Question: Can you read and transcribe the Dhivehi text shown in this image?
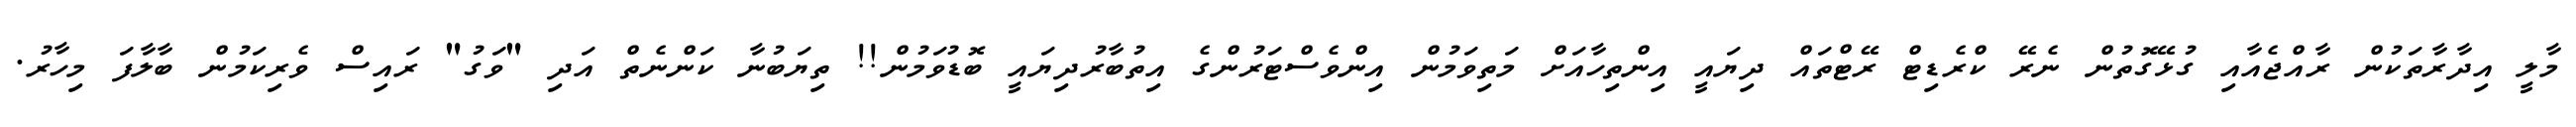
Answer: މާލީ އިދާރާތަކުން ރާއްޖެއާއި ގުޅޭގޮތުން ނެރޭ ކްރެޑިޓް ރޭޓްތައް ދިޔައީ އިންތިހާއަށް މަތިވަމުން އިންވެސްޓަރުންގެ އިތުބާރުދިޔައީ ބޮޑުވަމުން!! ތިޔަބުނާ ކަންނެތް އަދި "ވަގު" ރައިސް ވެރިކަމުން ބާލާފަ މިހާރު.